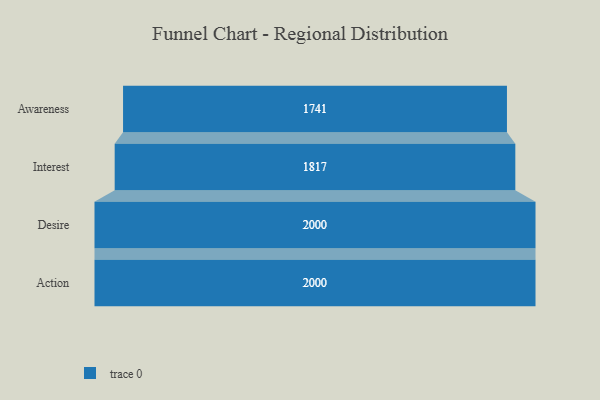
{"axis": {"x": "Stage", "y": "Value"}, "legend": [""], "data": [{"x": "Awareness", "y": 1741.0, "type": ""}, {"x": "Interest", "y": 1817.0, "type": ""}, {"x": "Desire", "y": 2000, "type": ""}, {"x": "Action", "y": 2000, "type": ""}]}